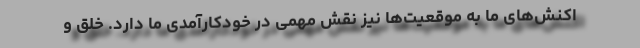
اکنش‌های ما به موقعیت‌ها نیز نقش مهمی در خودکارآمدی ما دارد. خلق و